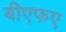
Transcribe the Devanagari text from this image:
बीएफए